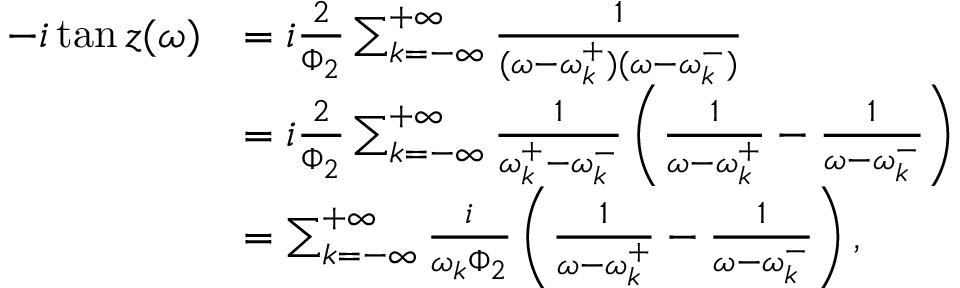
\begin{array} { r l } { - i \tan z ( \omega ) } & { = i \frac { 2 } { \Phi _ { 2 } } \sum _ { k = - \infty } ^ { + \infty } \frac { 1 } { ( \omega - \omega _ { k } ^ { + } ) ( \omega - \omega _ { k } ^ { - } ) } } \\ & { = i \frac { 2 } { \Phi _ { 2 } } \sum _ { k = - \infty } ^ { + \infty } \frac { 1 } { \omega _ { k } ^ { + } - \omega _ { k } ^ { - } } \left( \frac { 1 } { \omega - \omega _ { k } ^ { + } } - \frac { 1 } { \omega - \omega _ { k } ^ { - } } \right) } \\ & { = \sum _ { k = - \infty } ^ { + \infty } \frac { i } { \omega _ { k } \Phi _ { 2 } } \left( \frac { 1 } { \omega - \omega _ { k } ^ { + } } - \frac { 1 } { \omega - \omega _ { k } ^ { - } } \right) , } \end{array}